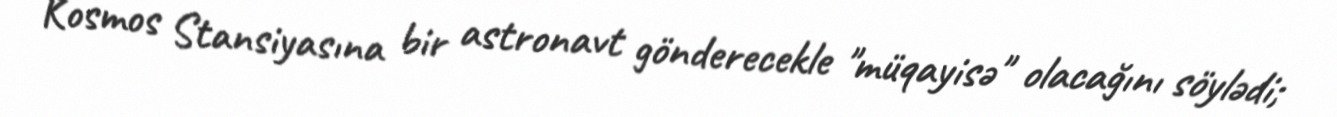
Kosmos Stansiyasına bir astronavt gönderecekle "müqayisə" olacağını söylədi;